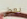
بعض